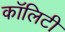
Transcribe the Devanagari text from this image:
कॉलिटी